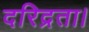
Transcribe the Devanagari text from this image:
दरिद्रता।